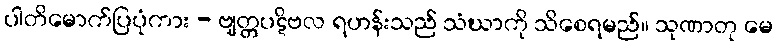
ပါတိမောက်ပြပုံကား - ဗျတ္တပဋိဗလ ရဟန်းသည် သံဃာကို သိစေရမည်။ သုဏာတု မေ